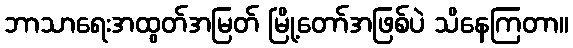
ဘာသာရေးအထွတ်အမြတ် မြို့တော်အဖြစ်ပဲ သိနေကြတာ။